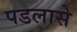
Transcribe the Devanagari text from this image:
पडलासे